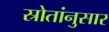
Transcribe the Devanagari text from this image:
स्रोतांनुसार